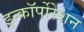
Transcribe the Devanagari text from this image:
इन्कॉर्पोरेशन